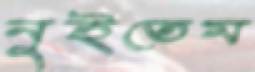
নুইতেম